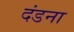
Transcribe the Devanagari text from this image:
दंडना